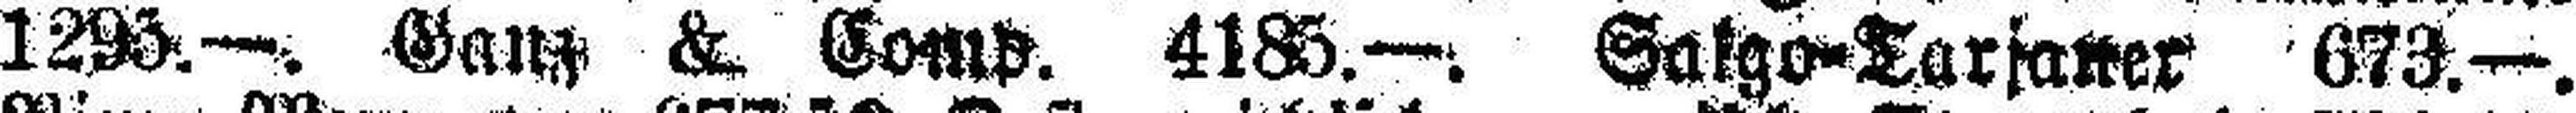
1295.—. Ganz &. Comp. 4185.—. Salgo=Tarsaser 673.—.